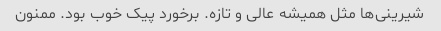
شیرینی‌ها مثل همیشه عالی و تازه. برخورد پیک خوب بود. ممنون